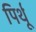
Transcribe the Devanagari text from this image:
पिर्थू